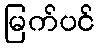
မြက်ပင်